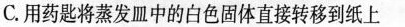
C.用药匙将蒸发皿中的白色固体直接转移到纸上